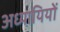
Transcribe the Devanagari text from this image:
अध्यायियों